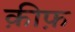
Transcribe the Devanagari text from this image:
क़ीफ़